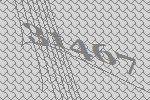
31467